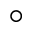
\circ